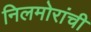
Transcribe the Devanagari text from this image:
निलमोरांची